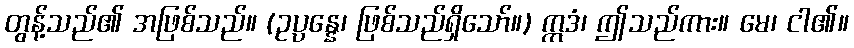
တွန့်သည်၏ အဖြစ်သည်။ (ဥပ္ပန္နေ၊ ဖြစ်သည်ရှိသော်။) ဣဒံ၊ ဤသည်ကား။ မေ၊ ငါ၏။